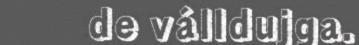
de válldujga.